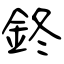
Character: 鉖